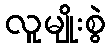
လူမျိုးစွဲ